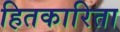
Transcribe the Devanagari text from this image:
हितकारिता